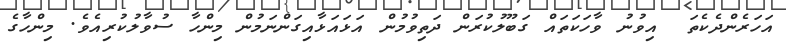
އަހަރެންދެކެތަ  އިވުނު ވާހަކަތައް ގަބޫލުކުރަން ދަތިވުމުން އަޅައަޅާއިގަންނަމުން މިންހާ ސުވާލުކުރިއެވެ. މިންހާގެ